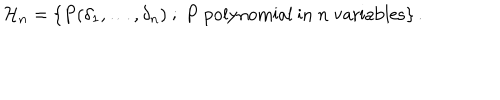
LaTeX: { \cal H } _ { n } = \{ P ( \delta _ { 1 } , \ldots , \delta _ { n } ) \ ; \ P \ \mathrm { p o l y n o m i a l ~ i n } \ n \ \mathrm { v a r i a b l e s } \} \, .